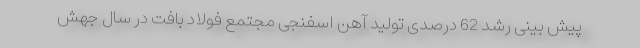
پیش بینی رشد 62 درصدی تولید آهن اسفنجی مجتمع فولاد بافت در سال جهش